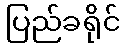
ပြည်ခရိုင်